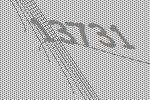
13731